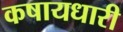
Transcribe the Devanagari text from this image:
कषायधारी